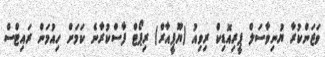
ވަޒަންކުރާ ޔުނިވާސަލް ޕީރިއޮޑިކް ރިވިއު (ޔޫޕީއާރް) ރިޕޯޓް ފާސްކުރާނެ ކަމަށް ހިއުމަން ރައިޓްސް